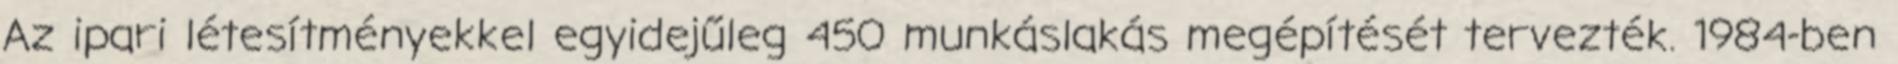
Az ipari létesítményekkel egyidejűleg 450 munkáslakás megépítését tervezték. 1984-ben